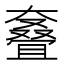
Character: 𰋳